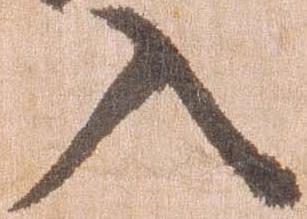
入